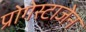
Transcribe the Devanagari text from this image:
प्रोगेस्टाजेन